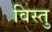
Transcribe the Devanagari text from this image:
विस्तु